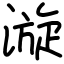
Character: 漩